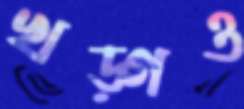
খড়্গও